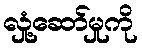
လှုံ့ဆော်မှုကို